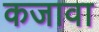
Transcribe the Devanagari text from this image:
कजावा